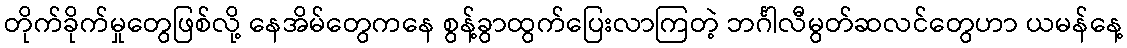
တိုက်ခိုက်မှုတွေဖြစ်လို့ နေအိမ်တွေကနေ စွန့်ခွာထွက်ပြေးလာကြတဲ့ ဘင်္ဂါလီမွတ်ဆလင်တွေဟာ ယမန်နေ့